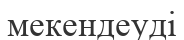
мекендеуді